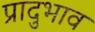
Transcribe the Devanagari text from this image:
प्रादुभाव